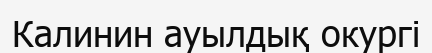
Калинин ауылдық окургі